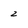
Character: 2